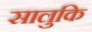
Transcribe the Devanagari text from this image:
सालुकि